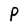
Character: P